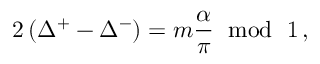
2 \left( \Delta ^ { + } - \Delta ^ { - } \right) = m \displaystyle \frac { \alpha } { \pi } \, \, \bmod \, \, 1 \, ,